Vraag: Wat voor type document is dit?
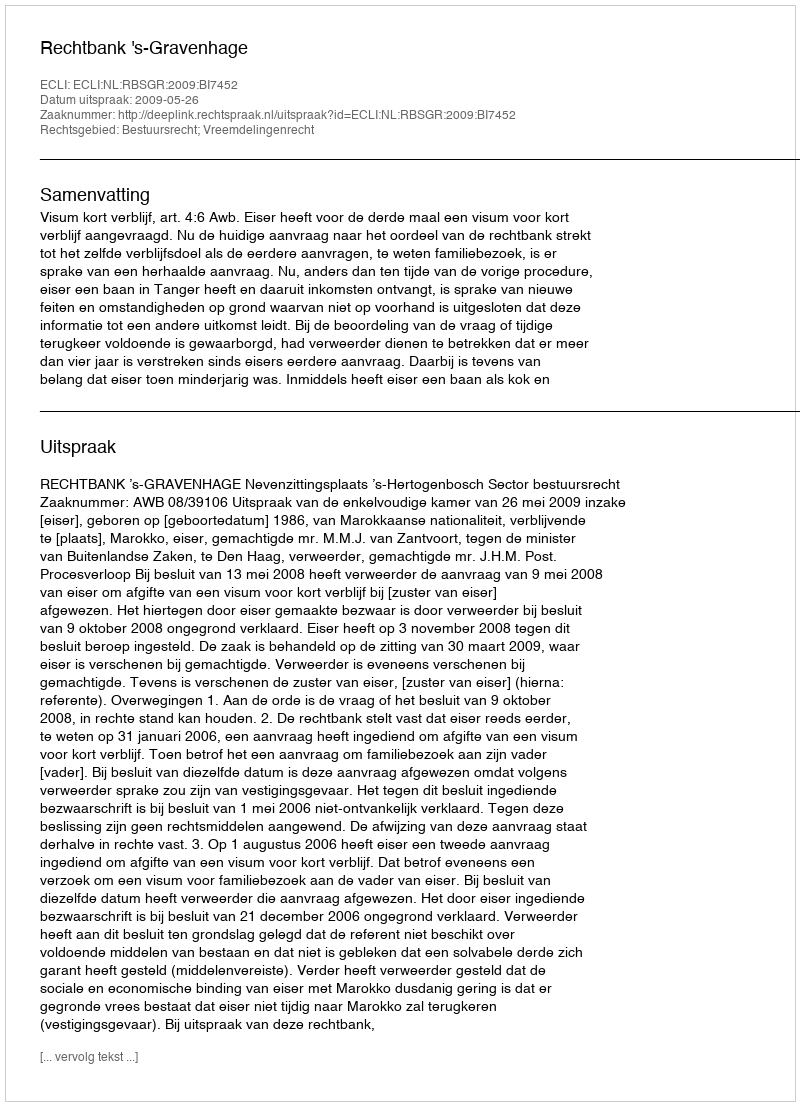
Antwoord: Uitspraak